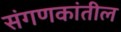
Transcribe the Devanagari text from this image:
संगणकांतील